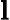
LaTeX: \mathbf{l}